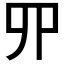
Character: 𠃢